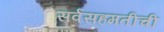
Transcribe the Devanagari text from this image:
सर्वसहमतीची